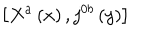
LaTeX: \left[ X ^ { a } \left( x \right) , j ^ { 0 b } \left( y \right) \right]